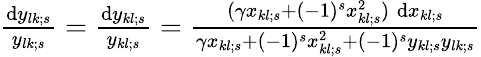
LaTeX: \begin{array}{r}{{\frac{\mathrm{d}y_{lk;s}}{y_{lk;s}}}={\frac{\mathrm{d}y_{kl;s}}{y_{kl;s}}}={\frac{(\gamma x_{kl;s}+(-1)^{s}x_{kl;s}^{2})\; \mathrm{d}x_{kl;s}}{\gamma x_{kl;s}+(-1)^{s}x_{kl;s}^{2}+(-1)^{s}y_{kl;s}y_{lk;s}}}}\end{array}